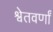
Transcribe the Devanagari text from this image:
श्वेतवर्णां